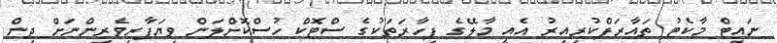
ނައިޓް މާކެޓު ތައާރަފްކުރިއިރު އެއީ މާލޭގެ ފިހާރަތަކުގެ ސްޓޮކް ހުސްކޮށްލަން ވިޔަފާރިވެރިންނަށް ދިން